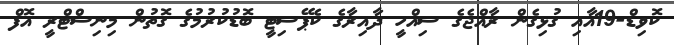
ކޮވިޑް-19އާއި ގުޅިގެން ރާއްޖެގެ ސިއްހީ ދާއިރާގެ ކެޕޭސިޓީ ބޮޑުކުރުމުގެ ގޮތުން މިނިސްޓްރީ އޮފް